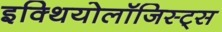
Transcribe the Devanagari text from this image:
इक्थियोलॉजिस्ट्स